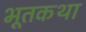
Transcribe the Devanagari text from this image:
भूतकथा